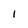
Character: 1